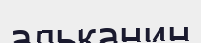
альканин